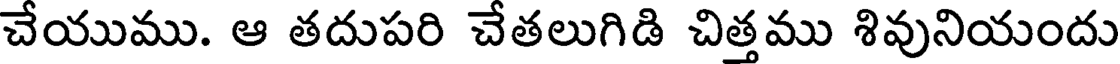
చేయుము. ఆ తదుపరి చేతలుగిడి చిత్తము శివునియందు